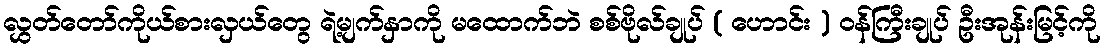
လွှတ်တော်ကိုယ်စားလှယ်တွေ ရဲ့မျက်နှာကို မထောက်ဘဲ စစ်ဗိုလ်ချုပ် ( ဟောင်း ) ဝန်ကြီးချုပ် ဦးအုန်းမြင့်ကို